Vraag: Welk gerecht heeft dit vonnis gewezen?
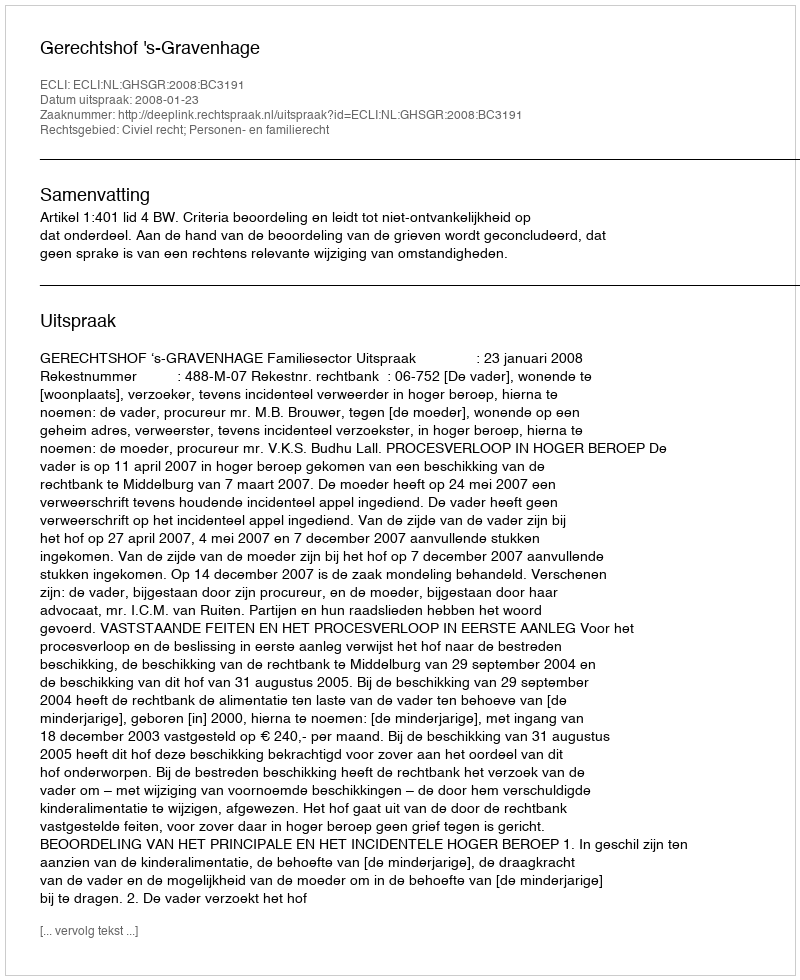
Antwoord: Gerechtshof 's-Gravenhage